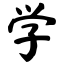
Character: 学